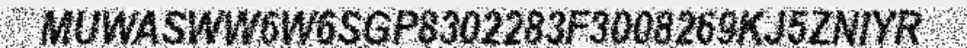
MUWASWW6W6SGP8302283F3008269KJ5ZNIYR